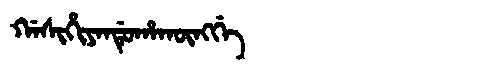
Manchu: ᡤᠠᠰᡳᡥᡳᠶᠠᠨᡩᡠᡥᠠᡴᡡᠩᡤᡝ
Romanization: GASIHIYANDUHAKŪNGGE